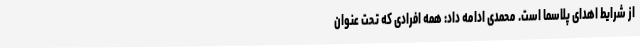
از شرایط اهدای پلاسما است. محمدی ادامه داد: همه افرادی که تحت عنوان